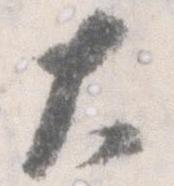
大